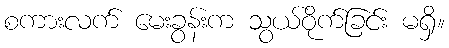
စကားလက် မေးခွန်းက သွယ်ဝိုက်ခြင်း မရှိ။